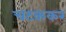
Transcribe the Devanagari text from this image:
चटककर